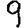
Digit: 9